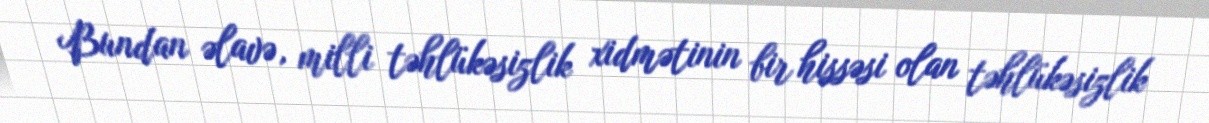
Bundan əlavə, milli təhlükəsizlik xidmətinin bir hissəsi olan təhlükəsizlik